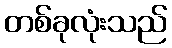
တစ်ခုလုံးသည်